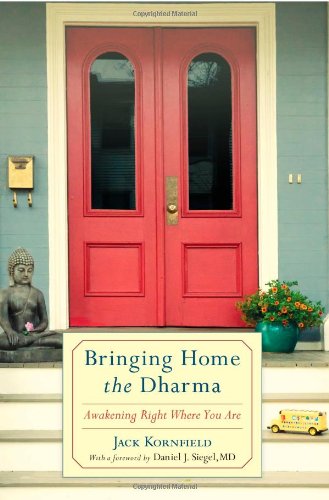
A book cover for Bringing Home the Dharma: Awakening Right Where You Are; Jack Kornfield; Religion & Spirituality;